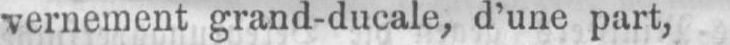
vernement gran-ducale, d’une part,